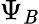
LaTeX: \Psi_{\mathit{B}}